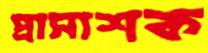
প্রাসাশক